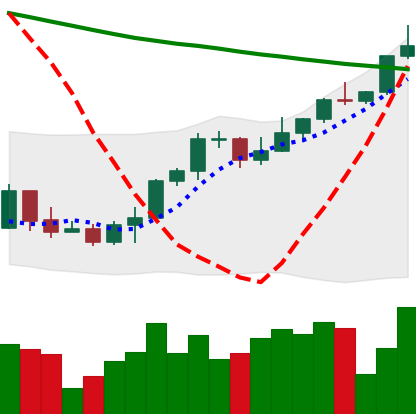
Ticker: ETH-USD
Chart end date: 2022-03-28
Forward return: 3.25%
Label: up_3_5